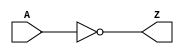
module unary_not_1_100(A, Z);
    input A;
    output Z;

    assign Z = ~A;
endmodule